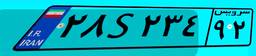
۲۸S۲۳۴۹۲